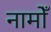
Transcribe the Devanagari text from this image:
नामोँ